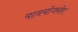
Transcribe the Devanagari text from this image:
पात्रयोजनेत